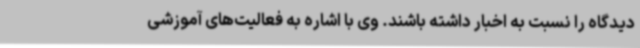
دیدگاه را نسبت به اخبار داشته باشند. وی با اشاره به فعالیت‌های آموزشی